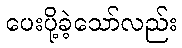
ပေးပို့ခဲ့သော်လည်း